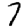
Digit: 7